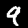
Digit: 9